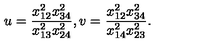
u = \frac { x _ { 1 2 } ^ { 2 } x _ { 3 4 } ^ { 2 } } { x _ { 1 3 } ^ { 2 } x _ { 2 4 } ^ { 2 } } , v = \frac { x _ { 1 2 } ^ { 2 } x _ { 3 4 } ^ { 2 } } { x _ { 1 4 } ^ { 2 } x _ { 2 3 } ^ { 2 } } .